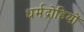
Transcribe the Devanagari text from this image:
धर्मद्रोहियों